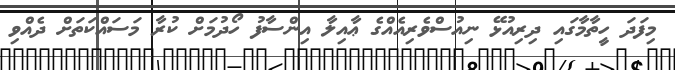
މިފަދަ ހީތާމާގައި ދިރިއުޅޭ ނިއުސްވެރިއެއްގެ ޢާއިލާ އިންސާފު ހޯދުމަށް ކުރާ މަސައްކަތަށް ދެއްވި